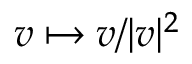
v \mapsto v / | v | ^ { 2 }